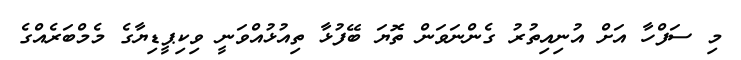
މި ސަފްހާ އަށް އުނިއިތުރު ގެންނަވަން ތޮޔަ ބޭފުޅާ ތިއުޅުއްވަނީ ވިކިޕީޑިޔާގެ މެމްބަރެއްގެ